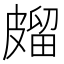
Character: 𭽱